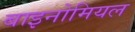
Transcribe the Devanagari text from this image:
बाइनोमियल